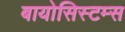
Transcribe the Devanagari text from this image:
बायोसिस्टम्स